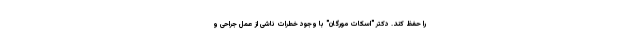
را حفظ کند. دکتر "اسکات مورگان" با وجود خطرات ناشی از عمل جراحی و